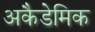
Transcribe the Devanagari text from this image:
अकैडेमिक